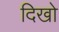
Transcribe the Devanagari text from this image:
दिखो